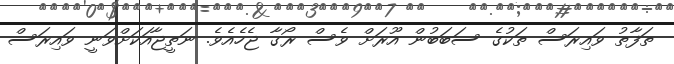
ތަފާތު ވައިރަސް ތަކުގެ ސަބަބުން އޫރަށް ވެސް ރޯގާ ޖެހެއެވެ. ނަތީޖާއަކަށްވަނީ ވައިރަސް